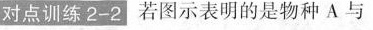
对点训练2-2若图示表明的是物种A与